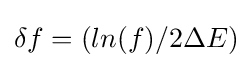
\delta f=(ln(f)/2\Delta E)